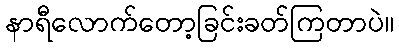
နာရီလောက်တော့ခြင်းခတ်ကြတာပဲ။